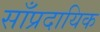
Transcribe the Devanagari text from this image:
साँप्रदायिक